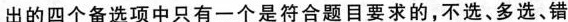
出的四个备选项中只有一个是符合题目要求的，不选、多选、错